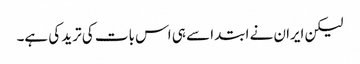
لیکن ایران نے ابتدا سے ہی اس بات کی ترید کی ہے۔